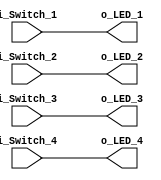
module switches_to_leds(
    input i_Switch_1, i_Switch_2, i_Switch_3, i_Switch_4,
    output o_LED_1, o_LED_2, o_LED_3, o_LED_4
);
    // blocking assignment
    assign o_LED_1 = i_Switch_1;
    assign o_LED_2 = i_Switch_2;
    assign o_LED_3 = i_Switch_3;
    assign o_LED_4 = i_Switch_4;

endmodule